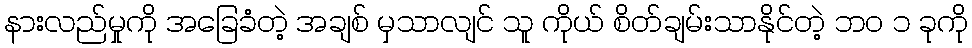
နားလည်မှုကို အခြေခံတဲ့ အချစ် မှသာလျင် သူ ကိုယ် စိတ်ချမ်းသာနိုင်တဲ့ ဘဝ ၁ ခုကို